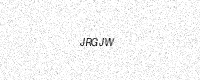
Text: JRGJW